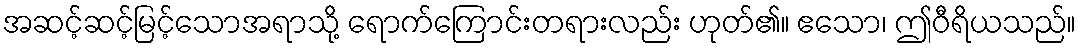
အဆင့်ဆင့်မြင့်သောအရာသို့ ရောက်ကြောင်းတရားလည်း ဟုတ်၏။ ဧသော၊ ဤဝီရိယသည်။